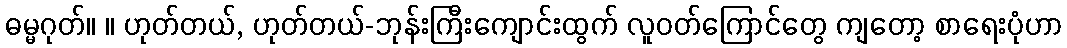
ဓမ္မဂုတ်။ ။ ဟုတ်တယ်, ဟုတ်တယ်-ဘုန်းကြီးကျောင်းထွက် လူဝတ်ကြောင်တွေ ကျတော့ စာရေးပုံဟာ